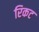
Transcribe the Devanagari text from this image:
रिकट